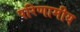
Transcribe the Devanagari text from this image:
परिणामीय